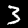
Label: 3